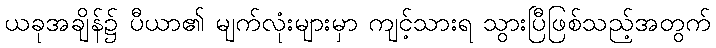
ယခုအချိန်၌ ပီယာ၏ မျက်လုံးများမှာ ကျင့်သားရ သွားပြီဖြစ်သည့်အတွက်